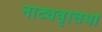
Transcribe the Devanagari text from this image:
नाट्यवृत्तियों